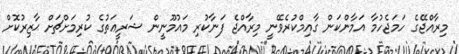
މިރާއްޖޭގެ ހަމަޖެހުމާ އަމާންކަން ގާއިމްކުރެވޭނީ މިރާއްޖެ ފަނާކުރި މައުމޫނީން ޝަރީޢަތުގެ ކުރިމަށްޗަށް ޙާޒިރުކޮށް